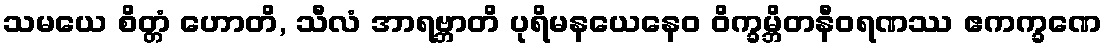
သမယေ စိတ္တံ ဟောတိ, သီလံ အာရဗ္ဘာတိ ပုရိမနယေနေဝ ဝိက္ခမ္ဘိတနီဝရဏဿ ဧကက္ခဏေ